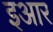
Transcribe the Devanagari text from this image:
इआर